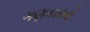
ગણકારતો